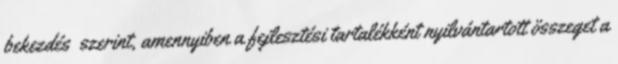
bekezdés szerint, amennyiben a fejlesztési tartalékként nyilvántartott összeget a